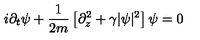
i \partial _ { t } \psi + \frac { 1 } { 2 m } \left[ \partial _ { z } ^ { 2 } + \gamma | \psi | ^ { 2 } \right] \psi = 0